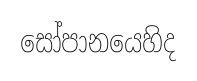
සෝපානයෙහිද